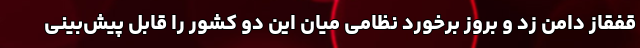
قفقاز دامن زد و بروز برخورد نظامی میان این دو کشور را قابل پیش‌بینی